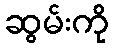
ဆွမ်းကို